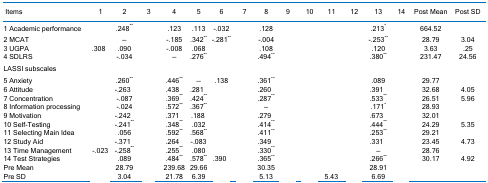
<table><thead><tr><td><b> Items</b></td><td><b>1</b></td><td><b>2</b></td><td><b>3</b></td><td><b>4</b></td><td><b>5</b></td><td><b>6</b></td><td><b>7</b></td><td><b>8</b></td><td><b>9</b></td><td><b>10</b></td><td><b>11</b></td><td><b>12</b></td><td><b>13</b></td><td><b>14</b></td><td><b>Post Mean</b></td><td><b>Post SD</b></td></tr></thead><tbody><tr><td>1 Academic performance</td><td>[EMPTY_CELL]</td><td>.248<sup>**</sup></td><td>[EMPTY_CELL]</td><td>.123</td><td>.113</td><td>-.032</td><td>[EMPTY_CELL]</td><td>.128</td><td>[EMPTY_CELL]</td><td>[EMPTY_CELL]</td><td>[EMPTY_CELL]</td><td>[EMPTY_CELL]</td><td>.213<sup>*</sup></td><td>[EMPTY_CELL]</td><td>664.52</td><td>[EMPTY_CELL]</td></tr><tr><td>2 MCAT</td><td>[EMPTY_CELL]</td><td>––</td><td>[EMPTY_CELL]</td><td>-.185</td><td>.342<sup>**</sup></td><td>-.281<sup>**</sup></td><td>[EMPTY_CELL]</td><td>-.004</td><td>[EMPTY_CELL]</td><td>[EMPTY_CELL]</td><td>[EMPTY_CELL]</td><td>[EMPTY_CELL]</td><td>-.253<sup>**</sup></td><td>[EMPTY_CELL]</td><td>28.79</td><td>3.04</td></tr><tr><td>3 UGPA</td><td>.308<sup>**</sup></td><td>.090</td><td>[EMPTY_CELL]</td><td>-.008</td><td>.068</td><td>[EMPTY_CELL]</td><td>[EMPTY_CELL]</td><td>.108</td><td>[EMPTY_CELL]</td><td>[EMPTY_CELL]</td><td>[EMPTY_CELL]</td><td>[EMPTY_CELL]</td><td>.120</td><td>[EMPTY_CELL]</td><td>3.63</td><td>.25</td></tr><tr><td>4 SDLRS</td><td>[EMPTY_CELL]</td><td>-.034</td><td>[EMPTY_CELL]</td><td>––</td><td>.276<sup>**</sup></td><td>[EMPTY_CELL]</td><td>[EMPTY_CELL]</td><td>.494<sup>**</sup></td><td>[EMPTY_CELL]</td><td>[EMPTY_CELL]</td><td>[EMPTY_CELL]</td><td>[EMPTY_CELL]</td><td>.380<sup>**</sup></td><td>[EMPTY_CELL]</td><td>231.47</td><td>24.56</td></tr><tr><td>LASSI subscales</td><td>[EMPTY_CELL]</td><td>[EMPTY_CELL]</td><td>[EMPTY_CELL]</td><td>[EMPTY_CELL]</td><td>[EMPTY_CELL]</td><td>[EMPTY_CELL]</td><td>[EMPTY_CELL]</td><td>[EMPTY_CELL]</td><td>[EMPTY_CELL]</td><td>[EMPTY_CELL]</td><td>[EMPTY_CELL]</td><td>[EMPTY_CELL]</td><td>[EMPTY_CELL]</td><td>[EMPTY_CELL]</td><td>[EMPTY_CELL]</td><td>[EMPTY_CELL]</td></tr><tr><td>5 Anxiety</td><td>[EMPTY_CELL]</td><td>.260<sup>**</sup></td><td>[EMPTY_CELL]</td><td>.446<sup>**</sup></td><td>––</td><td>.138</td><td>[EMPTY_CELL]</td><td>.361<sup>**</sup></td><td>[EMPTY_CELL]</td><td>[EMPTY_CELL]</td><td>[EMPTY_CELL]</td><td>[EMPTY_CELL]</td><td>.089</td><td>[EMPTY_CELL]</td><td>29.77</td><td>[EMPTY_CELL]</td></tr><tr><td>6 Attitude</td><td>[EMPTY_CELL]</td><td>-.263<sup>**</sup></td><td>[EMPTY_CELL]</td><td>.438<sup>**</sup></td><td>.281<sup>**</sup></td><td>[EMPTY_CELL]</td><td>[EMPTY_CELL]</td><td>.260<sup>**</sup></td><td>[EMPTY_CELL]</td><td>[EMPTY_CELL]</td><td>[EMPTY_CELL]</td><td>[EMPTY_CELL]</td><td>.391<sup>**</sup></td><td>[EMPTY_CELL]</td><td>32.68</td><td>4.05</td></tr><tr><td>7 Concentration</td><td>[EMPTY_CELL]</td><td>-.087</td><td>[EMPTY_CELL]</td><td>.369<sup>**</sup></td><td>.424<sup>**</sup></td><td>[EMPTY_CELL]</td><td>[EMPTY_CELL]</td><td>.287<sup>**</sup></td><td>[EMPTY_CELL]</td><td>[EMPTY_CELL]</td><td>[EMPTY_CELL]</td><td>[EMPTY_CELL]</td><td>.533<sup>**</sup></td><td>[EMPTY_CELL]</td><td>26.51</td><td>5.96</td></tr><tr><td>8 Information processing</td><td>[EMPTY_CELL]</td><td>-.024</td><td>[EMPTY_CELL]</td><td>.572<sup>**</sup></td><td>.367<sup>**</sup></td><td>[EMPTY_CELL]</td><td>[EMPTY_CELL]</td><td>––</td><td>[EMPTY_CELL]</td><td>[EMPTY_CELL]</td><td>[EMPTY_CELL]</td><td>[EMPTY_CELL]</td><td>.171<sup>*</sup></td><td>[EMPTY_CELL]</td><td>28.93</td><td>[EMPTY_CELL]</td></tr><tr><td>9 Motivation</td><td>[EMPTY_CELL]</td><td>-.242<sup>**</sup></td><td>[EMPTY_CELL]</td><td>.371<sup>**</sup></td><td>.188<sup>*</sup></td><td>[EMPTY_CELL]</td><td>[EMPTY_CELL]</td><td>.279<sup>**</sup></td><td>[EMPTY_CELL]</td><td>[EMPTY_CELL]</td><td>[EMPTY_CELL]</td><td>[EMPTY_CELL]</td><td>.673<sup>**</sup></td><td>[EMPTY_CELL]</td><td>32.01</td><td>[EMPTY_CELL]</td></tr><tr><td>10 Self-Testing</td><td>[EMPTY_CELL]</td><td>-.241<sup>**</sup></td><td>[EMPTY_CELL]</td><td>.348<sup>**</sup></td><td>.032</td><td>[EMPTY_CELL]</td><td>[EMPTY_CELL]</td><td>.414<sup>**</sup></td><td>[EMPTY_CELL]</td><td>[EMPTY_CELL]</td><td>[EMPTY_CELL]</td><td>[EMPTY_CELL]</td><td>.444<sup>**</sup></td><td>[EMPTY_CELL]</td><td>24.29</td><td>5.35</td></tr><tr><td>11 Selecting Main Idea</td><td>[EMPTY_CELL]</td><td>.056</td><td>[EMPTY_CELL]</td><td>.592<sup>**</sup></td><td>.568<sup>**</sup></td><td>[EMPTY_CELL]</td><td>[EMPTY_CELL]</td><td>.411<sup>**</sup></td><td>[EMPTY_CELL]</td><td>[EMPTY_CELL]</td><td>[EMPTY_CELL]</td><td>[EMPTY_CELL]</td><td>.253<sup>**</sup></td><td>[EMPTY_CELL]</td><td>29.21</td><td>[EMPTY_CELL]</td></tr><tr><td>12 Study Aid</td><td>[EMPTY_CELL]</td><td>-.371<sup>**</sup></td><td>[EMPTY_CELL]</td><td>.264<sup>**</sup></td><td>-.083</td><td>[EMPTY_CELL]</td><td>[EMPTY_CELL]</td><td>.349<sup>**</sup></td><td>[EMPTY_CELL]</td><td>[EMPTY_CELL]</td><td>[EMPTY_CELL]</td><td>[EMPTY_CELL]</td><td>.331<sup>**</sup></td><td>[EMPTY_CELL]</td><td>23.45</td><td>4.73</td></tr><tr><td>13 Time Management</td><td>-.023</td><td>-.258<sup>**</sup></td><td>[EMPTY_CELL]</td><td>.255<sup>**</sup></td><td>.080</td><td>[EMPTY_CELL]</td><td>[EMPTY_CELL]</td><td>.330<sup>**</sup></td><td>[EMPTY_CELL]</td><td>[EMPTY_CELL]</td><td>[EMPTY_CELL]</td><td>[EMPTY_CELL]</td><td>––</td><td>[EMPTY_CELL]</td><td>28.76</td><td>[EMPTY_CELL]</td></tr><tr><td>14 Test Strategies</td><td>[EMPTY_CELL]</td><td>.089</td><td>[EMPTY_CELL]</td><td>.484<sup>**</sup></td><td>.578<sup>**</sup></td><td>.390<sup>**</sup></td><td>[EMPTY_CELL]</td><td>.365<sup>**</sup></td><td>[EMPTY_CELL]</td><td>[EMPTY_CELL]</td><td>[EMPTY_CELL]</td><td>[EMPTY_CELL]</td><td>.266<sup>**</sup></td><td>[EMPTY_CELL]</td><td>30.17</td><td>4.92</td></tr><tr><td>Pre Mean</td><td>[EMPTY_CELL]</td><td>28.79</td><td>[EMPTY_CELL]</td><td>239.68</td><td>29.66</td><td>[EMPTY_CELL]</td><td>[EMPTY_CELL]</td><td>30.35</td><td>[EMPTY_CELL]</td><td>[EMPTY_CELL]</td><td>[EMPTY_CELL]</td><td>[EMPTY_CELL]</td><td>28.91</td><td>[EMPTY_CELL]</td><td>[EMPTY_CELL]</td><td>[EMPTY_CELL]</td></tr><tr><td>Pre SD</td><td>[EMPTY_CELL]</td><td>3.04</td><td>[EMPTY_CELL]</td><td>21.78</td><td>6.39</td><td>[EMPTY_CELL]</td><td>[EMPTY_CELL]</td><td>5.13</td><td>[EMPTY_CELL]</td><td>[EMPTY_CELL]</td><td>5.43</td><td>[EMPTY_CELL]</td><td>6.69</td><td>[EMPTY_CELL]</td><td>[EMPTY_CELL]</td><td>[EMPTY_CELL]</td></tr></tbody></table>